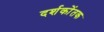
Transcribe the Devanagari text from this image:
दर्शकोंतक